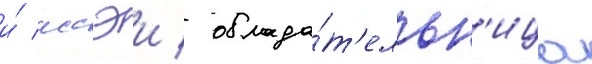
и́ иссэи / облада́т'ельн'ица